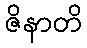
ဇိနာတိ